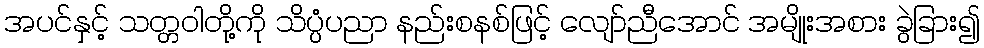
အပင်နှင့် သတ္တဝါတို့ကို သိပ္ပံပညာ နည်းစနစ်ဖြင့် လျော်ညီအောင် အမျိုးအစား ခွဲခြား၍